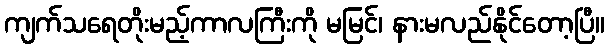
ကျက်သရေတိုးမည့်ကာလကြီးကို မမြင်၊ နားမလည်နိုင်တော့ပြီ။